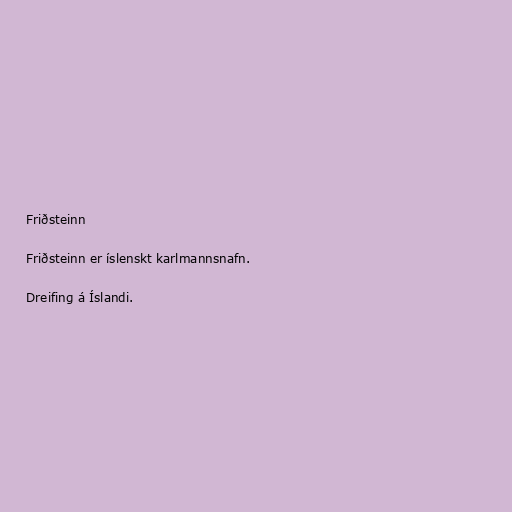
Friðsteinn

Friðsteinn er íslenskt karlmannsnafn.

Dreifing á Íslandi.